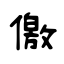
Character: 儌